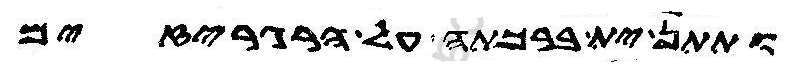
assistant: ותתן ית ברכתה על הרגריזים